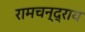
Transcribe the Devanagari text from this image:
रामचन्द्राय